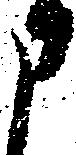
申